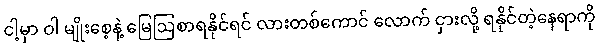
ငါ့မှာ ဝါ မျိုးစေ့နဲ့ မြေဩစာရနိုင်ရင် လားတစ်ကောင် လောက် ငှားလို့ ရနိုင်တဲ့နေရာကို